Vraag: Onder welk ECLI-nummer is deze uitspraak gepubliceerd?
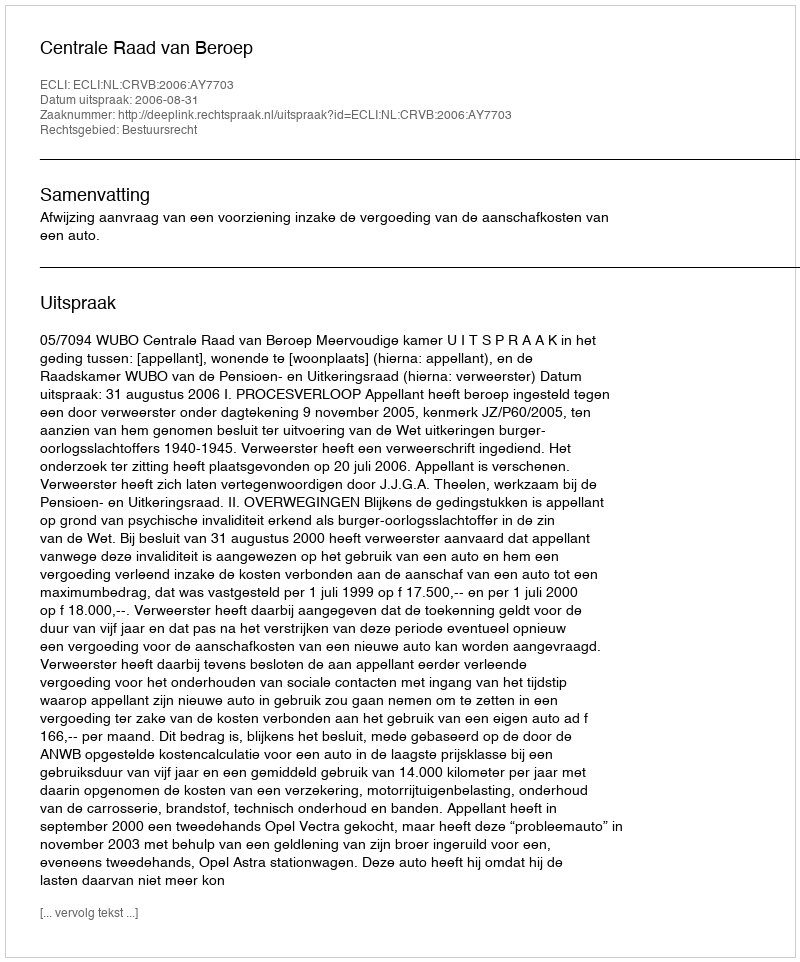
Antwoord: ECLI:NL:CRVB:2006:AY7703